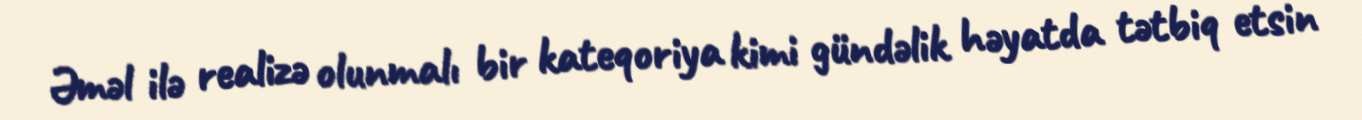
Əməl ilə realizə olunmalı bir kateqoriya kimi gündəlik həyatda tətbiq etsin